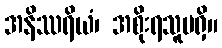
အနိဿရိယံ၊ အစိုးရသူမရှိ။